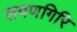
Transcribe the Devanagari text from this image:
लवणगिरि